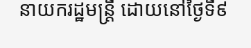
នាយករដ្ឋមន្ត្រី ដោយនៅថ្ងៃទី៩